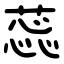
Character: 蕊